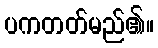
ပကတတ်မည်၏။